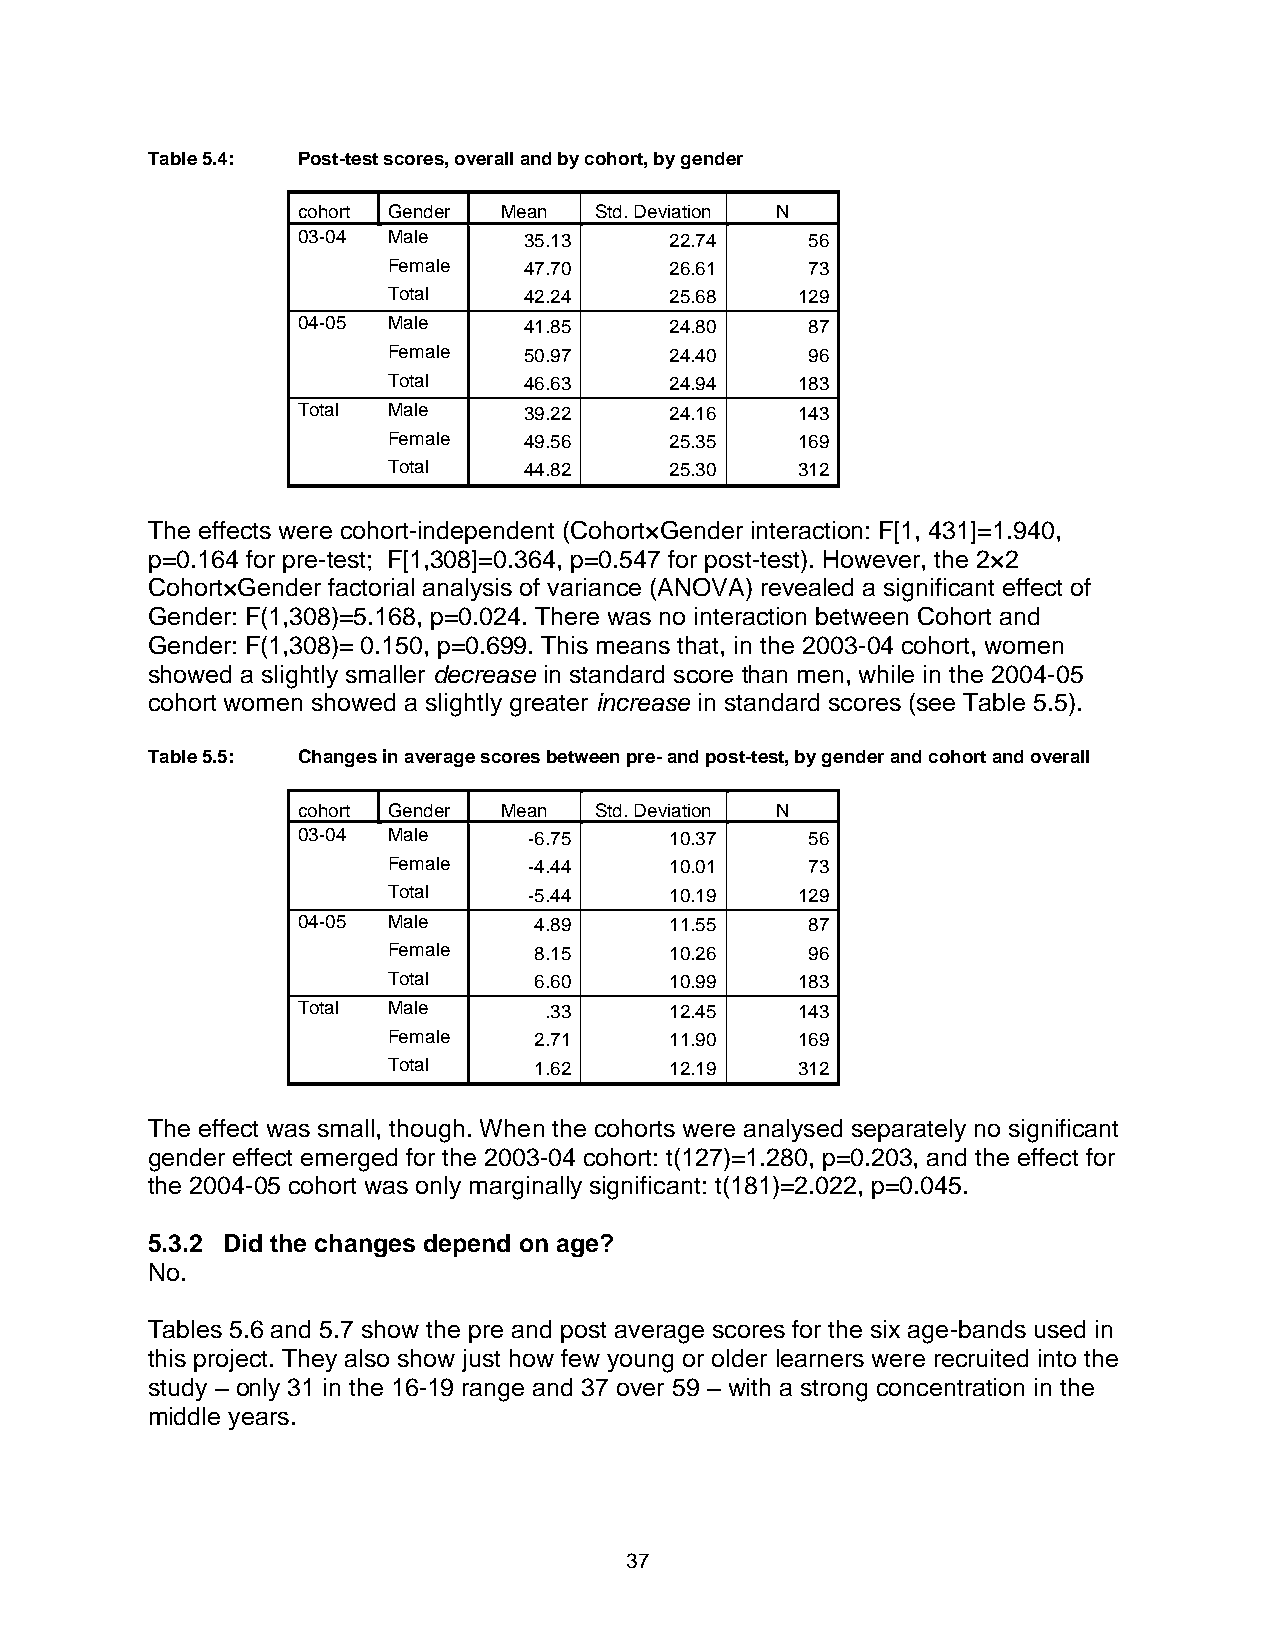
Table 5.4: Post-test scores, overall and by cohort, by gender
 cohort Gender Mean Std. Deviation N
 03-04 Male     35.13    22.74     56
 Female   47.70    26.61     73
 Total    42.24    25.68    129
 04-05 Male     41.85    24.80     87
 Female   50.97    24.40     96
 Total    46.63    24.94    183
 Total Male     39.22    24.16    143
 Female   49.56    25.35    169
 Total    44.82    25.30    312
 The effects were cohort-independent (Cohort×Gender interaction: F[1, 431]=1.940,
 p=0.164 for pre-test; F[1,308]=0.364, p=0.547 for post-test). However, the 2×2
 Cohort×Gender factorial analysis of variance (ANOVA) revealed a significant effect of
 Gender: F(1,308)=5.168, p=0.024. There was no interaction between Cohort and
 Gender: F(1,308)= 0.150, p=0.699. This means that, in the 2003-04 cohort, women
 showed a slightly smaller decrease in standard score than men, while in the 2004-05
 cohort women showed a slightly greater increase in standard scores (see Table 5.5).
 Table 5.5: Changes in average scores between pre- and post-test, by gender and cohort and overall
 cohort Gender Mean Std. Deviation N
 03-04 Male     -6.75    10.37     56
 Female   -4.44    10.01     73
 Total    -5.44    10.19    129
 04-05 Male     4.89     11.55     87
 Female   8.15     10.26     96
 Total    6.60     10.99    183
 Total Male      .33     12.45    143
 Female   2.71     11.90    169
 Total    1.62     12.19    312
 The effect was small, though. When the cohorts were analysed separately no significant
 gender effect emerged for the 2003-04 cohort: t(127)=1.280, p=0.203, and the effect for
 the 2004-05 cohort was only marginally significant: t(181)=2.022, p=0.045.
 5.3.2 Did the changes depend on age?
 No.
 Tables 5.6 and 5.7 show the pre and post average scores for the six age-bands used in
 this project. They also show just how few young or older learners were recruited into the
 study – only 31 in the 16-19 range and 37 over 59 – with a strong concentration in the
 middle years.
 37